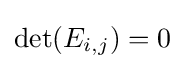
\det(E_{i,j})=0